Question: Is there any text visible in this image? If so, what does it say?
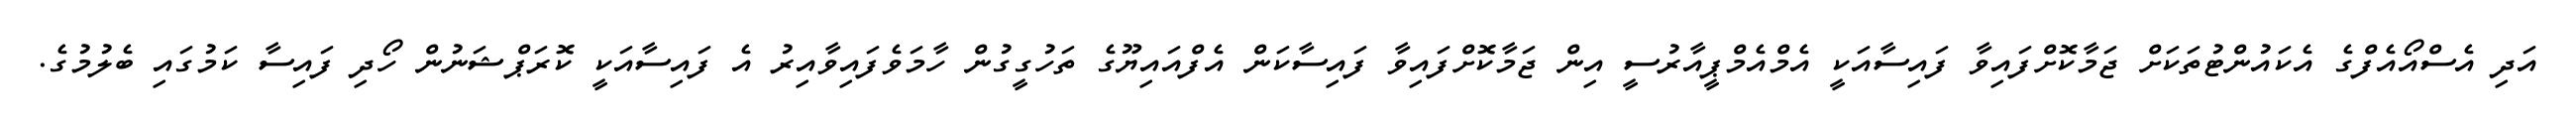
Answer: އަދި އެސްއޯއެފްގެ އެކައުންޓުތަކަށް ޖަމާކޮށްފައިވާ ފައިސާއަކީ އެމްއެމްޕީއާރުސީ އިން ޖަމާކޮށްފައިވާ ފައިސާކަން އެފްއައިޔޫގެ ތަހުގީގުން ހާމަވެފައިވާއިރު އެ ފައިސާއަކީ ކޮރަޕްޝަނުން ހޯދި ފައިސާ ކަމުގައި ބެލުމުގެ.